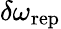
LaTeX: \delta\omega_{\mathrm{rep}}